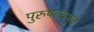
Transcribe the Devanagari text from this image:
पुरुषत्वामुळे